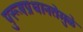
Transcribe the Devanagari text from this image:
पुरूषप्रधानतेमुळे